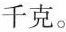
千克。